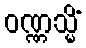
ဝဏ္ဏသ္မိံ